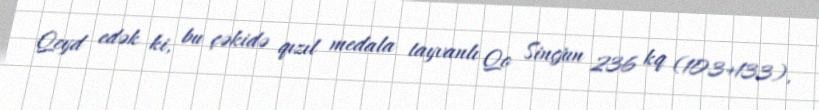
Qeyd edək ki, bu çəkidə qızıl medala tayvanlı Qo Sinçjun 236 kq (103+133),